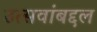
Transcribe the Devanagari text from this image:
उत्सवांबद्दल